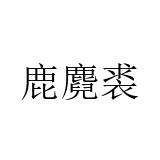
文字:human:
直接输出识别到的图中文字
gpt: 鹿麑裘